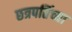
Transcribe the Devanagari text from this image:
छत्रपतिंच्या